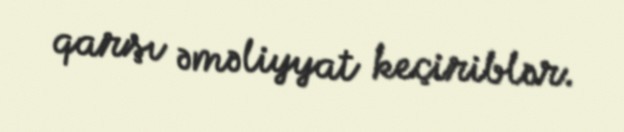
qarşı əməliyyat keçiriblər.